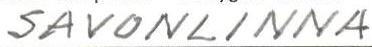
SAVONLINNA